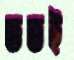
ততই